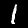
Digit: 1